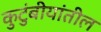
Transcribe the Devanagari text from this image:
कुटुंबीयांतील